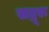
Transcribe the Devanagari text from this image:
सद्गूरू